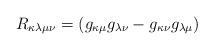
LaTeX: \begin{align*}R_{\kappa\lambda\mu\nu}=(g_{\kappa\mu}g_{\lambda\nu}-g_{\kappa\nu}g_{\lambda\mu})\end{align*}